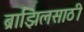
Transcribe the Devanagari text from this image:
ब्राझिलसाठी